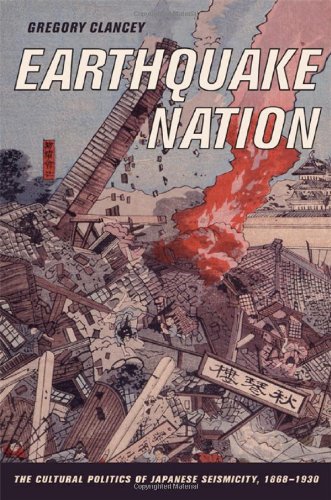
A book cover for Earthquake Nation: The Cultural Politics of Japanese Seismicity, 1868-1930; Gregory Clancey; Science & Math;